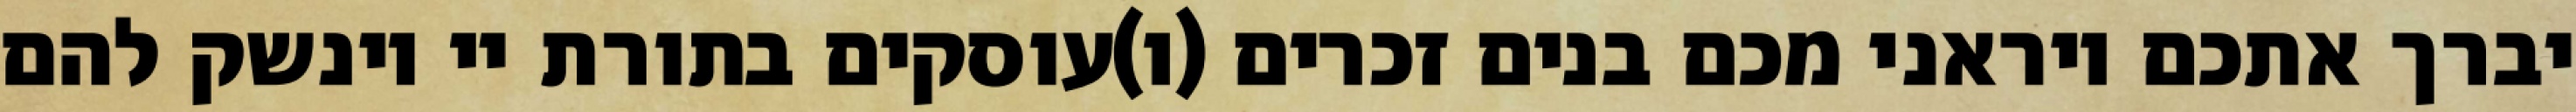
יברך אתכם ויראני מכם בנים זכרים (ו)עוסקים בתורת יי וינשק להם